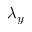
\lambda _ { y }